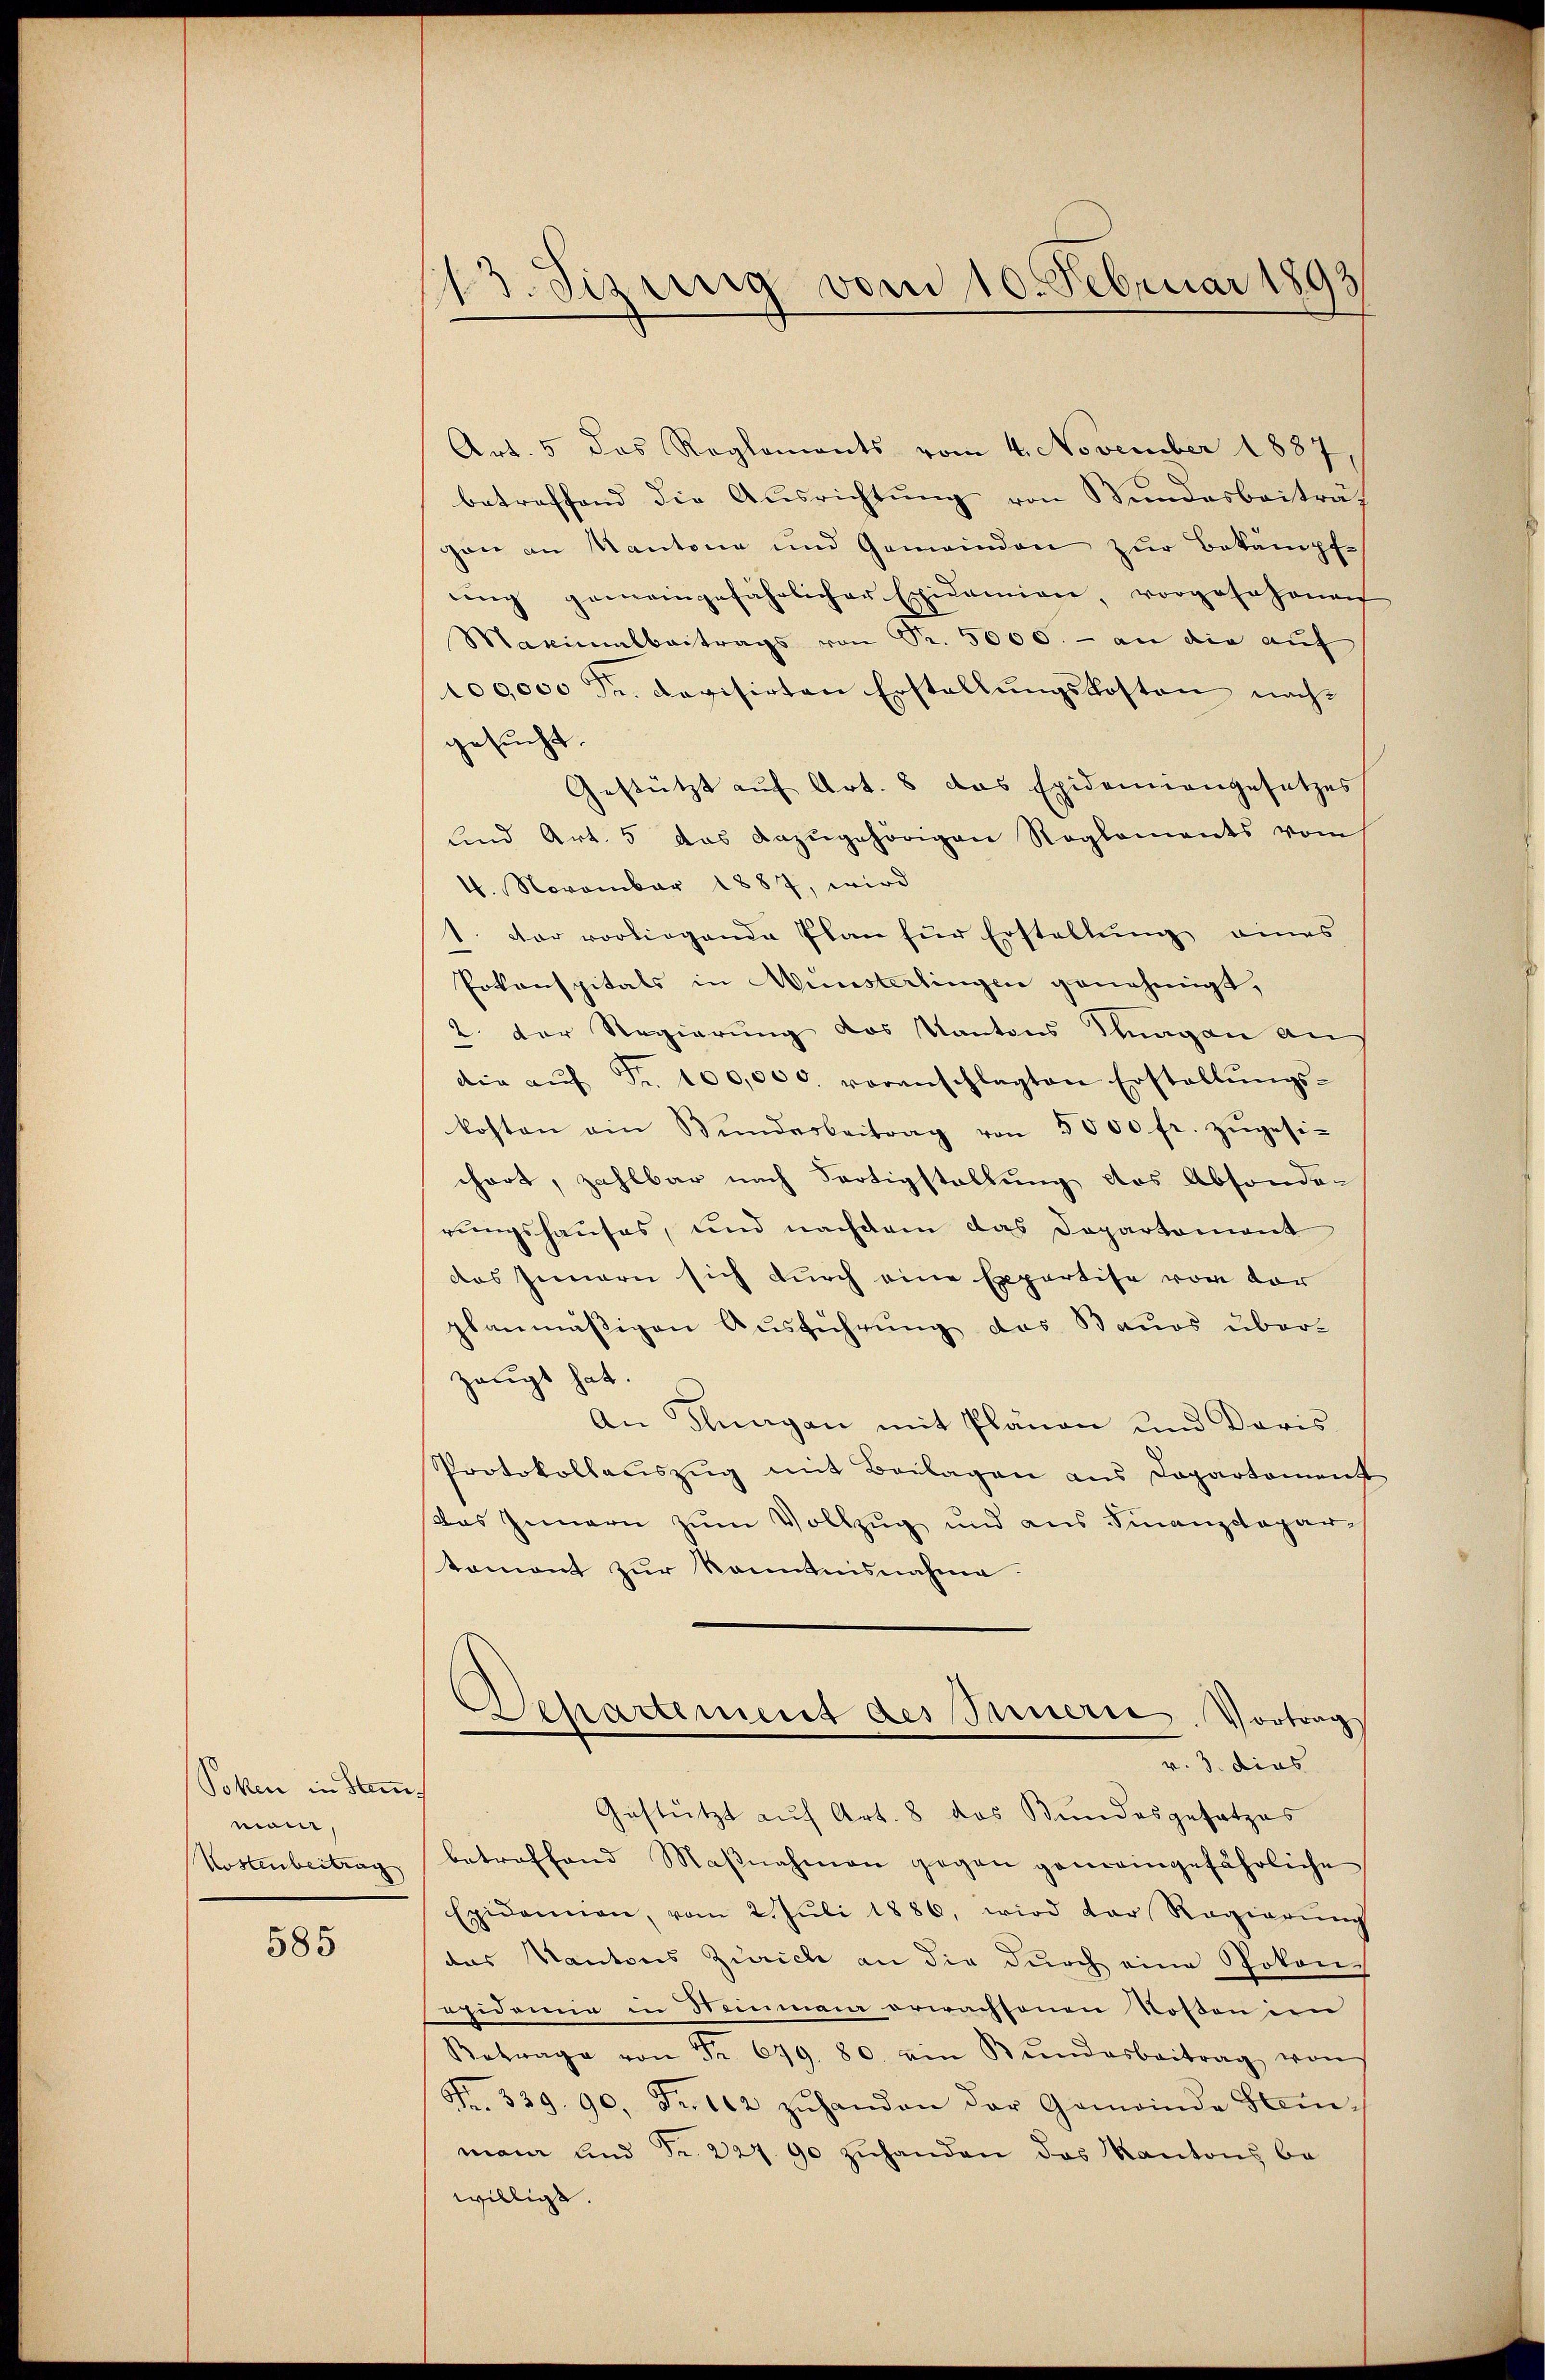
Poßen in Stamm
moni,
Kostenbeitrag

585

13. Sizung vom 10. Februar 1893

Art. 5 das Rogloments vom 4. November 1887,
betreffend die Aŭsrichtŭng von Bundesbeiträt
gan an Kantone und Gemeinden zur Bekämpfe
ŭng gemeingefährlicher Epidemien, vorgesehenen
Maximalbertrags von Sr. 5000. - an die auf
100000 Fr. Revisirten Erstellŭngskosten nachgesucht.
Gestützt auf Art. 8 das Epidemiengesetzes
und Art. 5 das dazugehörigen Reglements vom
4. November 1887, wird
1. Der vorliegende Plan für Erstellŭng eines
Pokonspitals in Münsterlingen genehmigt,
2. Der Regierung des Kantons Stagen auf
die aŭf Fr. 100,000. voranschlagten Erstellŭngs-
kosten ein Bŭndesbeitrag von 5000 fr. zŭgesi-
chart, zahlbar nach Fertigstellung des Absonder
rungshauses, und nachdem das Departement
des Innern sich durch eine Expertise vor vor
planmäßigen Ausführung des Bauos über-
zeugt hat.
An Klagen mit Plänen und Daris.
Protokollaŭszŭg mit Beilagen ans Dopartement
das Innern zum Vollzug und aus Finanzdepar-
tamont zur Kenntnisnahme.
epartement des Innern, Vortrag
v. 3. dies
Gestützt auf Art. 8 das Bundesgesetzes
betreffend Maβnahmen gegen gemeingefährliche
Epidemien, vom 2. Jŭli 1886, wird der Regierŭng
das Kantons Zürich an die durch eine Spokane
esidemie in Meinmann erwachsenen Kosten im
Retrage von Fr. 679. 80. ein Bŭndesbeitrag von
Nr. 339. 90. Fr. 112 zŭhanden der Gemeinde Stemman und Fr. 227. 90 zŭhanden das Kantons be-
willigt.